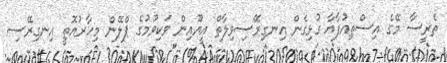
ތެރީސާ މޭގެ އިސްތިއުފާއާ ގުޅިގެން އިނގިރޭސިވިލާތް އީޔޫއިން ވަކިވުމުގެ ޕްލޭން މިހާރުއޮތީ އިނގިރޭސި